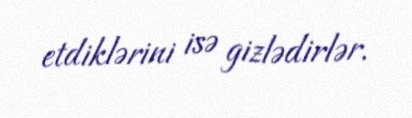
etdiklərini isə gizlədirlər.